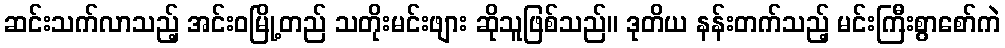
ဆင်းသက်လာသည့် အင်းဝမြို့တည် သတိုးမင်းဖျား ဆိုသူဖြစ်သည်။ ဒုတိယ နန်းတက်သည့် မင်းကြီးစွာစော်ကဲ